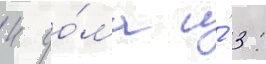
4 до́ма и́ 3: